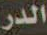
الدر